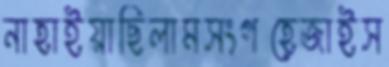
নাহাইয়াছিলামসংগহেজাইস